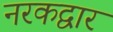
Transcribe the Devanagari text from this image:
नरकद्वार